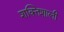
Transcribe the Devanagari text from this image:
शक्‍ितशाली